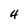
Character: H